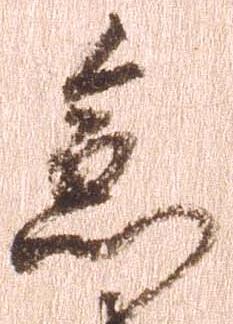
急